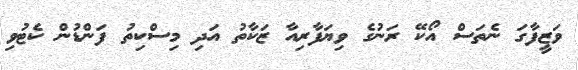
ވަޒީފާގަ ނެތަސް އޯކޭ ރަނުގެ ވިޔަފާރިއާ ޒަކާތު އަދި މިސްކިތު ފަންޑުން ކެޓުވި